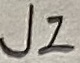
Text: J2